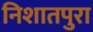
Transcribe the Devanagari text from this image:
निशातपुरा